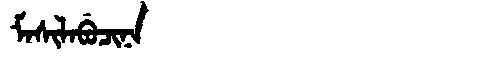
Manchu: ᠮᠠᠰᡳᠯᠠᠪᡠᠴᡳᠨᠠ
Romanization: MASILABUCINA